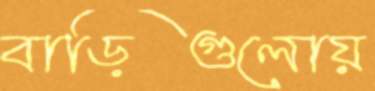
বাড়িগুলোয়